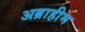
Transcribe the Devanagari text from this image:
अब्राहीम